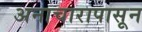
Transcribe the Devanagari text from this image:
अनाचारापासून